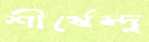
শীর্ষেন্দু